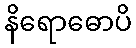
နိရောဓောပိ